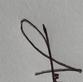
Signature authenticity: genuine